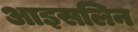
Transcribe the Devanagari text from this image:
आइसलिन